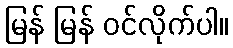
မြန် မြန် ဝင်လိုက်ပါ။